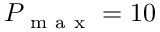
P _ { \mathrm { ~ m ~ a ~ x ~ } } = 1 0